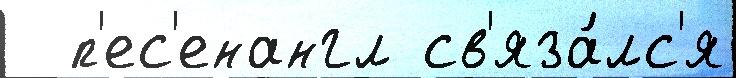
  п'ес'енангл св'яза́лс'я